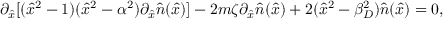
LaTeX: \partial _ { \hat { x } } [ ( \hat { x } ^ { 2 } - 1 ) ( \hat { x } ^ { 2 } - \alpha ^ { 2 } ) \partial _ { \hat { x } } \hat { n } ( \hat { x } ) ] - 2 m \zeta \partial _ { \hat { x } } \hat { n } ( \hat { x } ) + 2 ( \hat { x } ^ { 2 } - \beta _ { D } ^ { 2 } ) \hat { n } ( \hat { x } ) = 0 ,